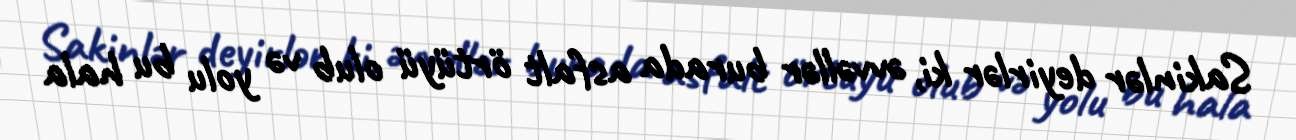
Sakinlər deyirlər ki, əvvəllər burada asfalt örtüyü olub və yolu bu hala